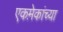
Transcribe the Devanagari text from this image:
एकमे़कांच्या